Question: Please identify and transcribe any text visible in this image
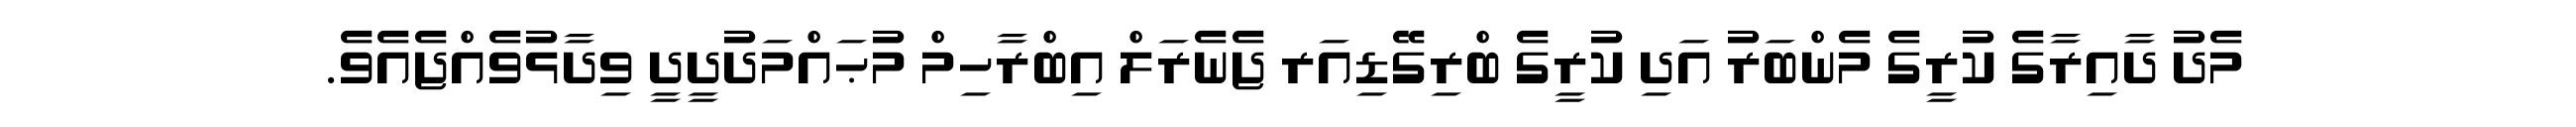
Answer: މެދު ދާއިރާގެ ކުރީގެ މެންބަރު އަދި ކުރީގެ ބްރިގޭޑިއަރ ޖެނެރަލް އިބްރާހިމް މުޙައްމަދުދީދީ ވިދާޅުވެއްޖެއެވެ.